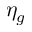
\eta _ { g }